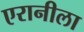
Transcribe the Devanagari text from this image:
एरानीला